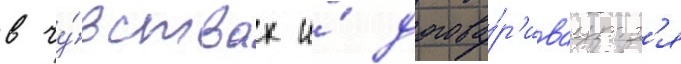
в чу́вствах и́ догова́р'иваутс'я